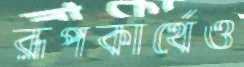
রূপকার্থেও